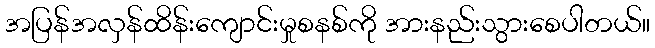
အပြန်အလှန်ထိန်းကျောင်းမှုစနစ်ကို အားနည်းသွားစေပါတယ်။